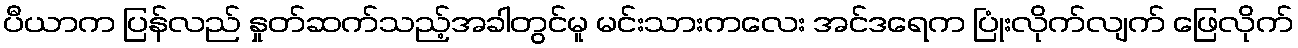
ပီယာက ပြန်လည် နှုတ်ဆက်သည့်အခါတွင်မူ မင်းသားကလေး အင်ဒရေက ပြုံးလိုက်လျက် ဖြေလိုက်